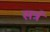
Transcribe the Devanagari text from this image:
सत्रं